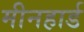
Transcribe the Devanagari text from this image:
मीनहार्ड